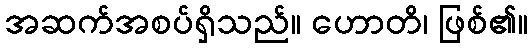
အဆက်အစပ်ရှိသည်။ ဟောတိ၊ ဖြစ်၏။